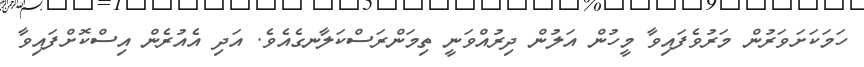
ހަމަކަށަވަރުން މަރުވެފައިވާ މީހުން އަލުން ދިރުއްވަނީ ތިމަންރަސްކަލާނގެއެވެ. އަދި އެއުރެން އިސްކޮށްފައިވާ